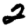
Digit: 2